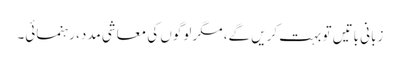
زبانی باتیں تو بہت کریں گے، مگر لوگوں کی معاشی مدد، رہنمائی۔